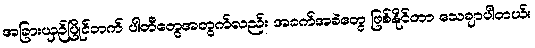
အခြားယှဉ်ပြိုင်ဘက် ပါတီတွေအတွက်လည်း အခက်အခဲတွေ ဖြစ်နိုင်တာ သေချာပါတယ်။